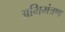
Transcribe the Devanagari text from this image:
अभिमंत्रण